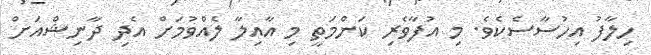
ހިލާފު އިހުސާސެކެވެ. މި އުފާވެރި ކަންމަތީ މި އާއިލާ ލެއްވުމަށް އެދި ދާނިޝްއަށް